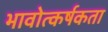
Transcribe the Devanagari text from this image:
भावोत्कर्षकता